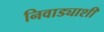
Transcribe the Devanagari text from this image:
निवाड्याशी